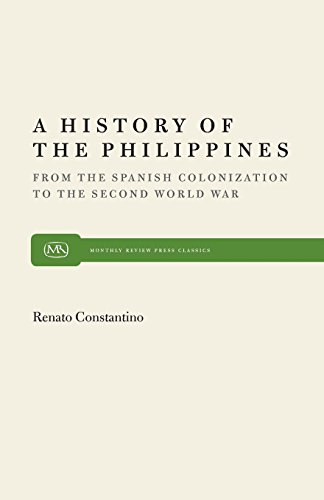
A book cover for A History of the Philippines; Renato Constantino; History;